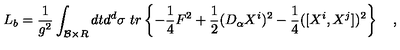
L _ { b } = { \frac { 1 } { g ^ { 2 } } } \int _ { { \cal B } \times R } d t d ^ { d } \sigma \ t r \left\{ - { \frac { 1 } { 4 } } F ^ { 2 } + { \frac { 1 } { 2 } } ( D _ { \alpha } X ^ { i } ) ^ { 2 } - { \frac { 1 } { 4 } } ( [ X ^ { i } , X ^ { j } ] ) ^ { 2 } \right\} \quad ,